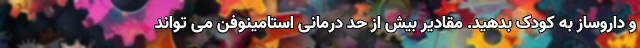
و داروساز به کودک بدهید. مقادیر بیش از حد درمانی استامینوفن می تواند